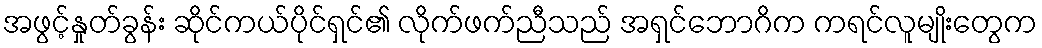
အဖွင့်နှုတ်ခွန်း ဆိုင်ကယ်ပိုင်ရှင်၏ လိုက်ဖက်ညီသည် အရှင်ဘောဂိက ကရင်လူမျိုးတွေက